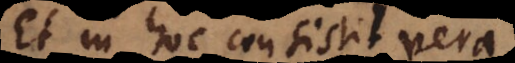
Et in hoc consistit vera